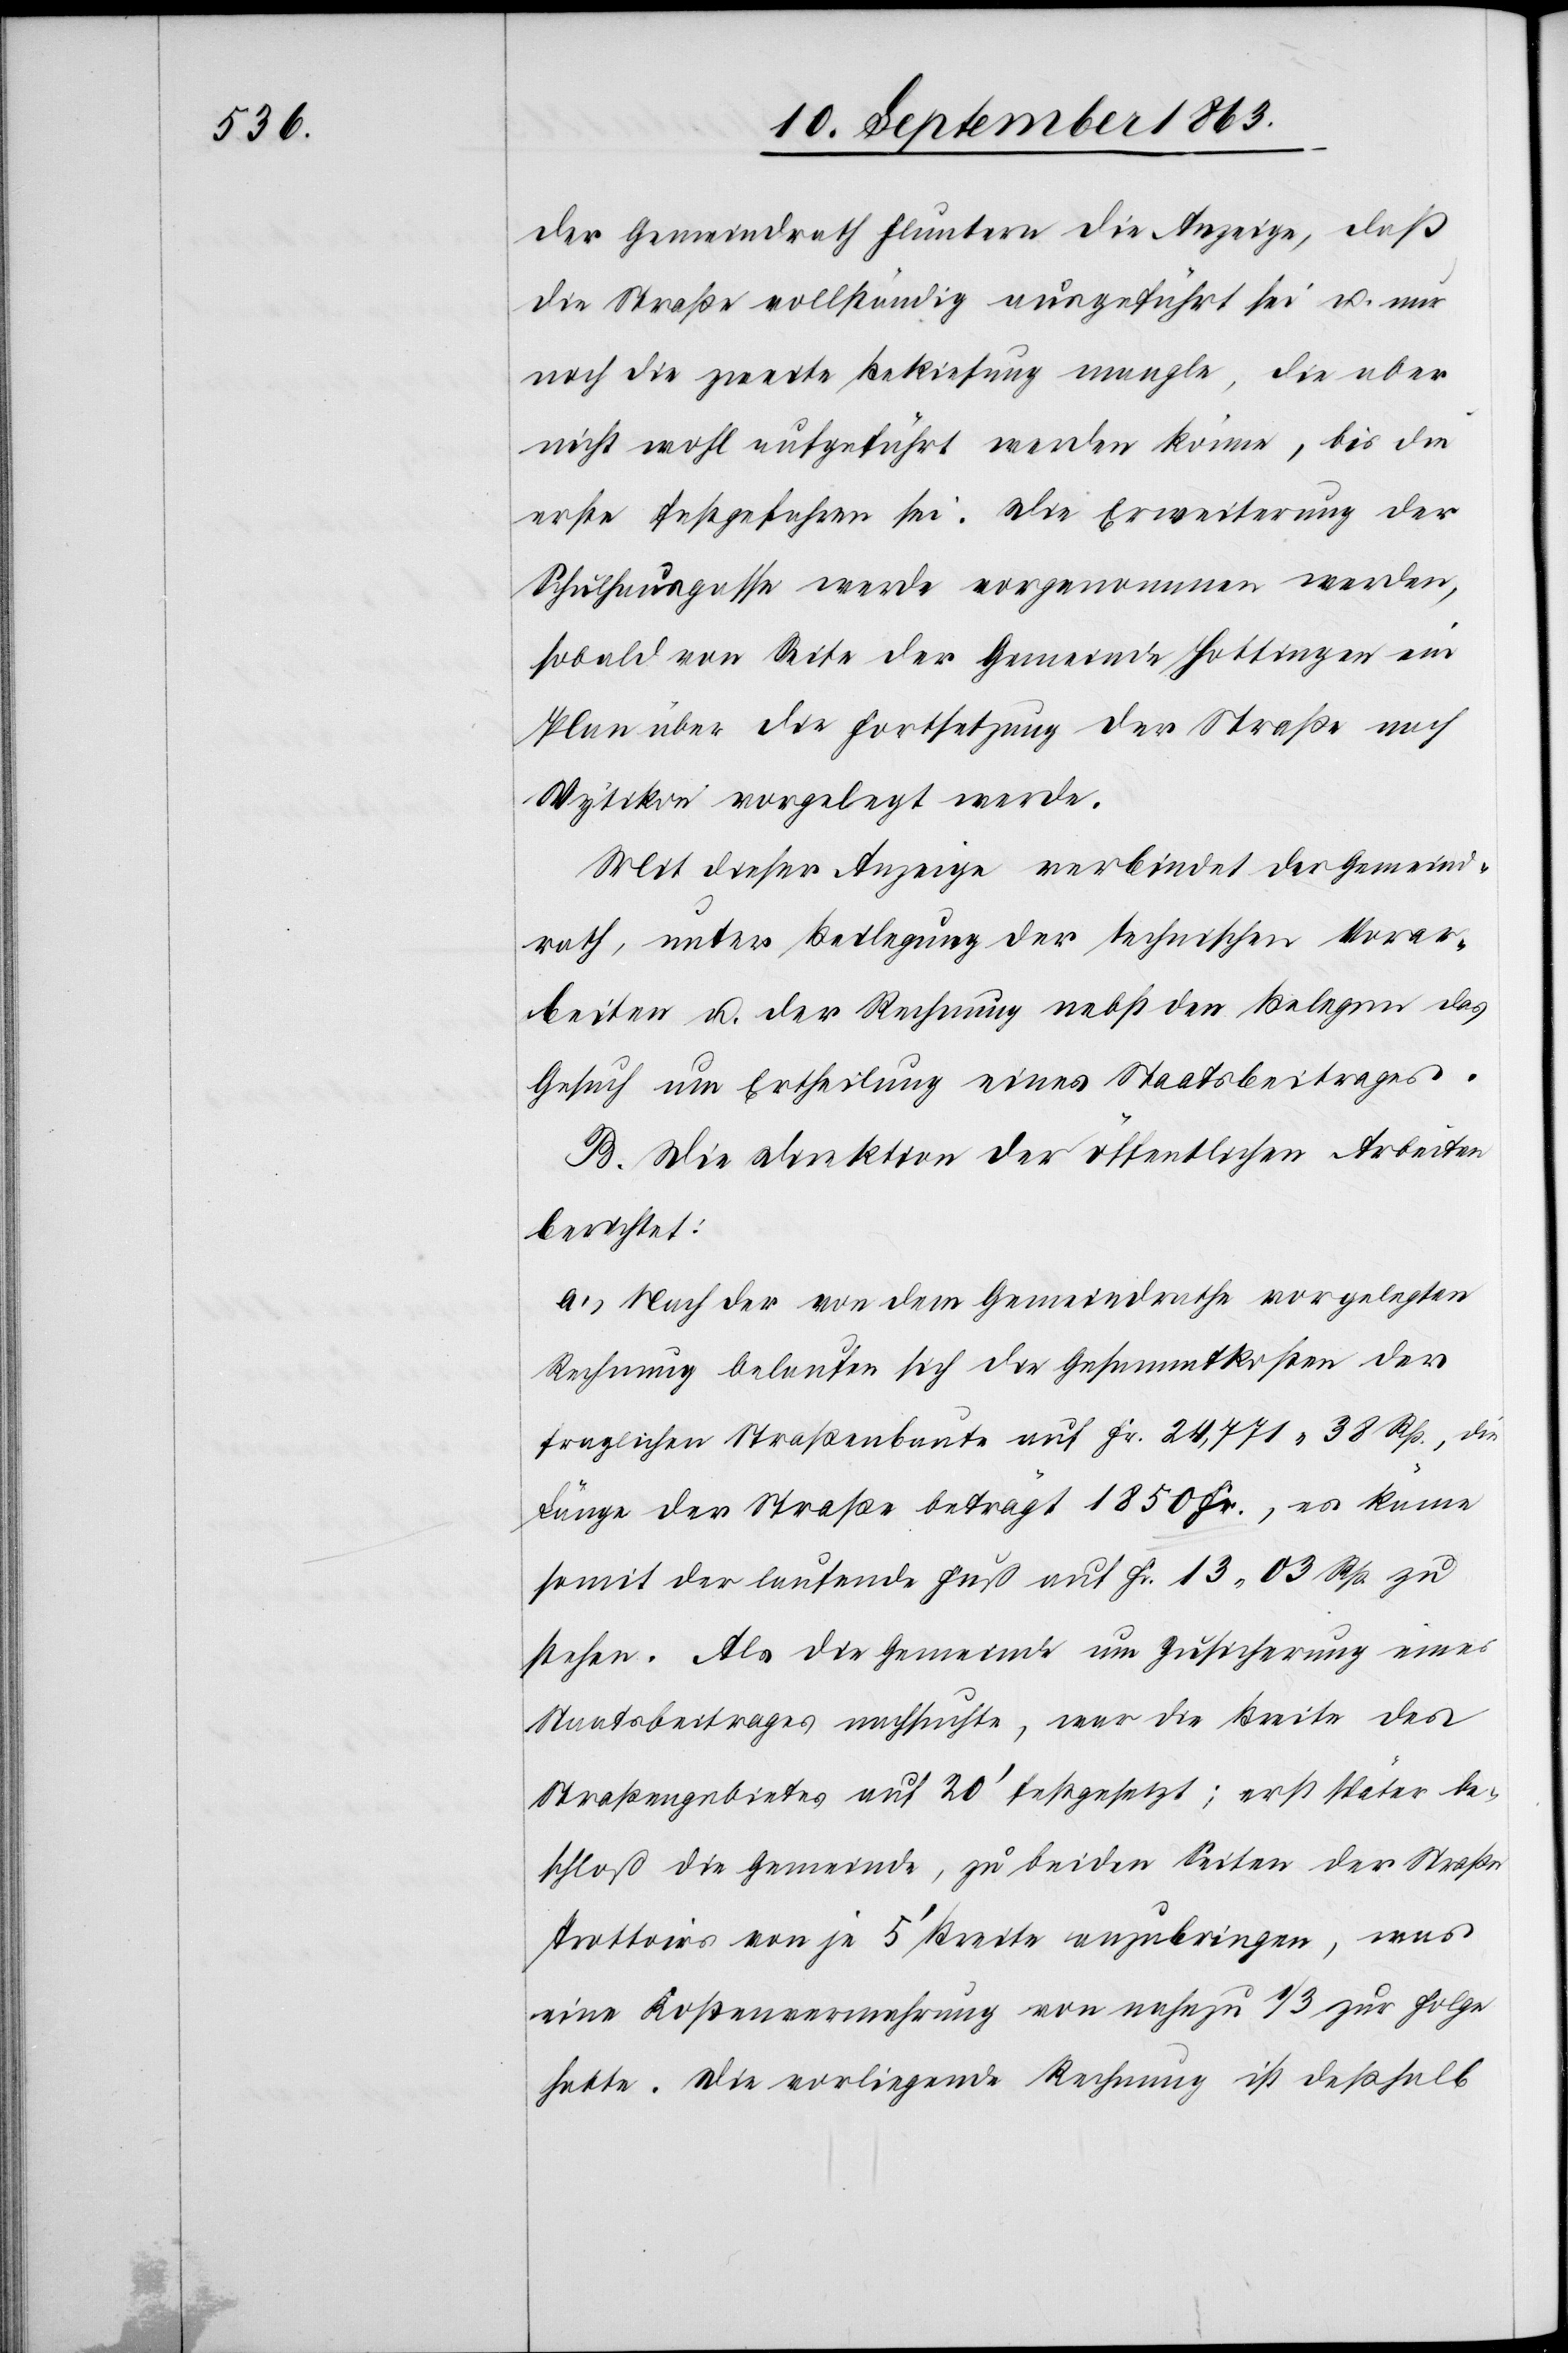
der Gemeindrath Fluntern die Anzeige, daß
die Straße vollständig ausgeführt sei u. nur
noch die zweite Bekiesung mangle, die aber
nicht wohl aufgeführt werden könne, bis die
erste festgefahren sei. Die Erweiterung der
Schulhausgasse werde vorgenommen werden,
sobald von Seite der Gemeinde Hottingen ein
Plan über die Fortsetzung der Straße nach
Wytikon vorgelegt werde.
Mit dieser Anzeige verbindet der Gemeind¬
rath, unter Beilegung der technischen Vorar¬
beiten u. der Rechnung nebst den Belegen das
Gesuch um Ertheilung eines Staatsbeitrages.
B. Die Direktion der öffentlichen Arbeiten
berichtet:
a.) Nach der von dem Gemeindrathe vorgelegten
Rechnung belaufen sich die Gesammtkosten der
fraglichen Straßenbaute auf Fr. 24,771. 38 Rp., die
Länge der Straße beträgt 1850 Fr., es käme
somit der laufende Fuß auf Fr. 13. 03 Rp. zu
stehen. Als die Gemeinde um Zusicherung eines
Staatsbeitrages nachsuchte, war die Breite des
Straßengebietes auf 20' festgesetzt; erst später be¬
schloß die Gemeinde, zu beiden Seiten der Straße
Trottoirs von je 5' Breite anzubringen, was
eine Kostenvermehrung von nahezu 1/3 zur Folge
hatte. Die vorliegende Rechnung ist deßhalb